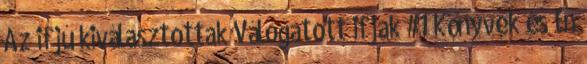
Az ifjú kiválasztottak Válogatott ifjak #1 Könyvek és Én